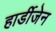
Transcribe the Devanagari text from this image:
हार्डीजेन